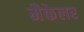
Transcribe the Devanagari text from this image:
मैकेलर